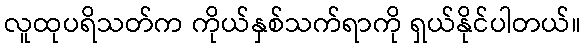
လူထုပရိသတ်က ကိုယ်နှစ်သက်ရာကို ရှယ်နိုင်ပါတယ်။